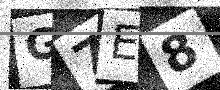
Text: G7E8